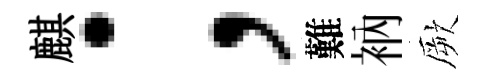
麒；難衲厥